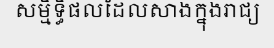
សម្មិទ្ធិផលដែលសាងក្នុងរាជ្យ